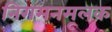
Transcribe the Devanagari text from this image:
निगमनमूलक